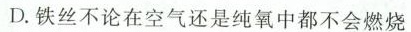
D.铁丝不论在空气还是纯氧中都不会燃烧